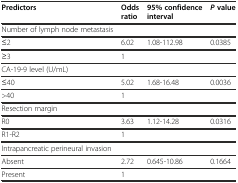
<table><thead><tr><td><b>Predictors</b></td><td><b>Odds ratio</b></td><td><b>95% confidence interval</b></td><td><b><i>P</i>value</b></td></tr></thead><tbody><tr><td>Number of lymph node metastasis</td><td></td><td></td><td></td></tr><tr><td>≤2</td><td>6.02</td><td>1.08-112.98</td><td>0.0385</td></tr><tr><td>≥3</td><td>1</td><td></td><td></td></tr><tr><td>CA-19-9 level (U/mL)</td><td></td><td></td><td></td></tr><tr><td>≤40</td><td>5.02</td><td>1.68-16.48</td><td>0.0036</td></tr><tr><td>&gt;40</td><td>1</td><td></td><td></td></tr><tr><td>Resection margin</td><td></td><td></td><td></td></tr><tr><td>R0</td><td>3.63</td><td>1.12-14.28</td><td>0.0316</td></tr><tr><td>R1-R2</td><td>1</td><td></td><td></td></tr><tr><td>Intrapancreatic perineural invasion</td><td></td><td></td><td></td></tr><tr><td>Absent</td><td>2.72</td><td>0.645-10.86</td><td>0.1664</td></tr><tr><td>Present</td><td>1</td><td></td><td></td></tr></tbody></table>